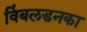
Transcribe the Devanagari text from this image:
विंबलडनका